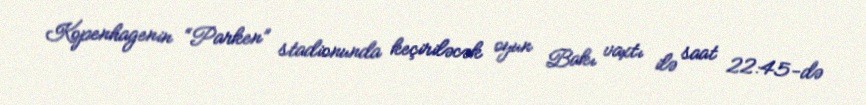
Kopenhagenin “Parken” stadionunda keçiriləcək oyun Bakı vaxtı ilə saat 22:45-də